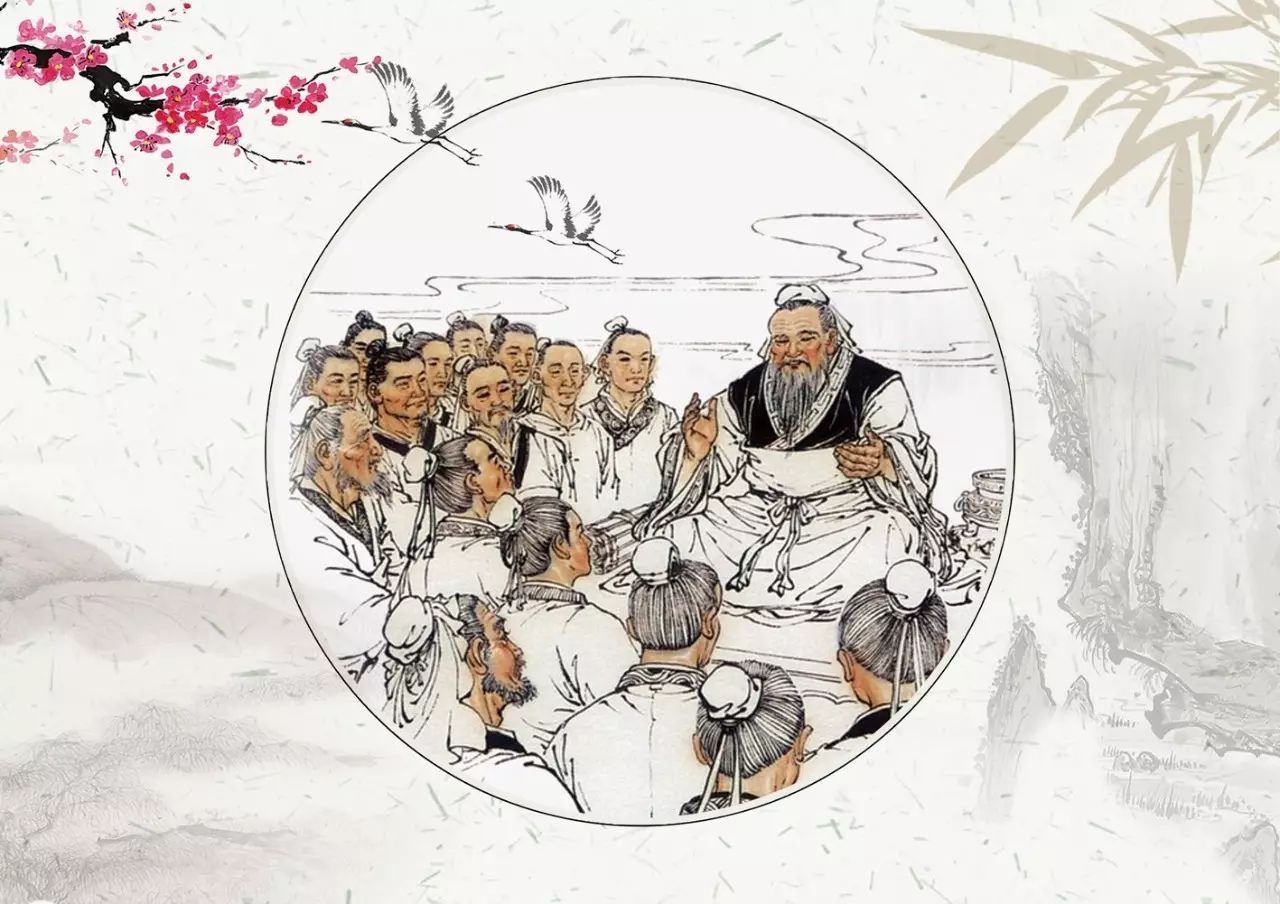
国将兴，必贵师而重傅